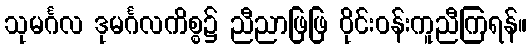
သုမင်္ဂလ ဒုမင်္ဂလကိစ္စ၌ ညီညာဖြဖြ ဝိုင်းဝန်းကူညီကြရန်။